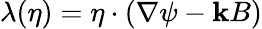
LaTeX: \lambda(\eta)=\eta\cdot(\nabla\psi-\mathbf{k}B)